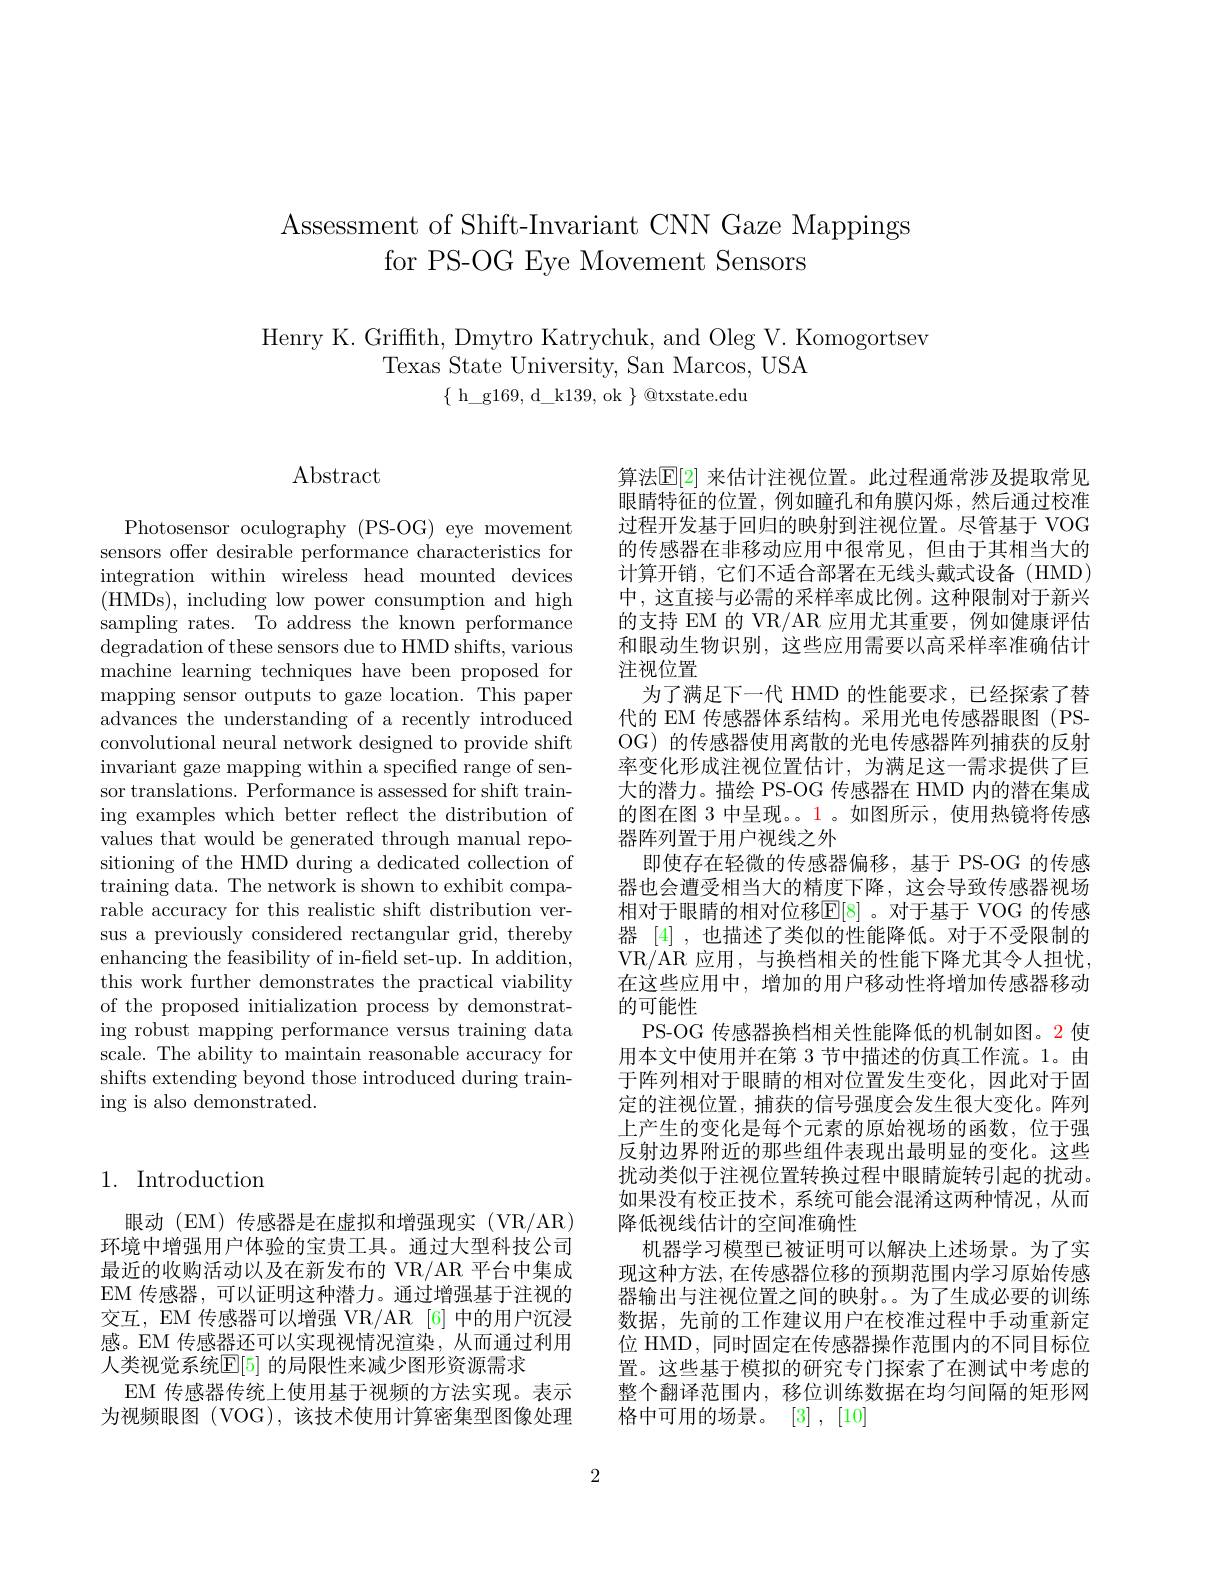
Assessment of Shift-Invariant CNN Gaze Mappings
for PS-OG Eye Movement Sensors

Henry K. Griffth, Dmytro Katrychuk, and Oleg V. Komogortsev
Texas State University, San Marcos, USA
$\{$ h\_g169, d\_k139, ok $\}$ @txstate.edu

## 1. Introduction

眼动(EM)传感器是在虚拟和增强现实(VR/AR) 环境中增强用户体验的宝贵工具。通过大型科技公司最近的收购活动以及在新发布的 VR/AR 平台中集成EM 传感器，可以证明这种潜力。通过增强基于注视的交互，EM 传感器可以增强 VR/AR [6] 中的用户沉浸感。EM 传感器还可以实现视情况渲染，从而通过利用人类视觉系统$\mathbb{E}|5|$ 的局限性来减少图形资源需求
EM 传感器传统上使用基于视频的方法实现。表示为视频眼图(VOG),该技术使用计算密集型图像处理

$\operatorname{Abstract}$

Photosensor oculography (PS-OG) eye movement sensors offer desirable performance characteristics for integration within wireless head mounted devices (HMDs),including low power consumption and high sampling rates. To address the known performance degradation of these sensors due to HMD shifts, various machine learning techniques have been proposed for mapping sensor outputs to gaze location. This paper advances the understanding of a recently introduced convolutional neural network designed to provide shift invariant gaze mapping within a specified range of sensor translations. Performance is assessed for shift training examples which better reflect the distribution of values that would be generated through manual repositioning of the HMD during a dedicated collection of training data. The network is shown to exhibit comparable accuracy for this realistic shift distribution versus a previously considered rectangular grid, thereby enhancing the feasibility of in-field set-up. In addition, this work further demonstrates the practical viability of the proposed initialization process by demonstrating robust mapping performance versus training data scale. The ability to maintain reasonable accuracy for shifts extending beyond those introduced during training is also demonstrated.

算法$\mathbb{E}[2]$ 来估计注视位置。此过程通常涉及提取常见眼睛特征的位置，例如瞳孔和角膜闪烁，然后通过校准过程开发基于回归的映射到注视位置。尽管基于 VOG 的传感器在非移动应用中很常见，但由于其相当大的计算开销，它们不适合部署在无线头戴式设备(HMD) 中，这直接与必需的采样率成比例。这种限制对于新兴的支持 EM 的 VR/AR 应用尤其重要，例如健康评估和眼动生物识别，这些应用需要以高采样率准确估计注视位置
为了满足下一代 HMD 的性能要求，已经探索了替代的 EM 传感器体系结构。采用光电传感器眼图(PSOG) 的传感器使用离散的光电传感器阵列捕获的反射率变化形成注视位置估计，为满足这一需求提供了巨大的潜力。描绘 PS-OG 传感器在 HMD 内的潜在集成的图在图 3 中呈现。。1 。如图所示，使用热镜将传感器阵列置于用户视线之外
即使存在轻微的传感器偏移，基于 PS-OG 的传感器也会遭受相当大的精度下降，这会导致传感器视场相对于眼睛的相对位移$\mathbb{E}[8]$ 。对于基于 VOG 的传感器[4] ,也描述了类似的性能降低。对于不受限制的VR/AR 应用，与换档相关的性能下降尤其令人担忧， 在这些应用中，增加的用户移动性将增加传感器移动的可能性
PS-OG 传感器换档相关性能降低的机制如图。2 使用本文中使用并在第 3 节中描述的仿真工作流。1。由于阵列相对于眼睛的相对位置发生变化，因此对于固定的注视位置，捕获的信号强度会发生很大变化。阵列上产生的变化是每个元素的原始视场的函数，位于强反射边界附近的那些组件表现出最明显的变化。这些扰动类似于注视位置转换过程中眼睛旋转引起的扰动。如果没有校正技术，系统可能会混淆这两种情况，从而降低视线估计的空间准确性
机器学习模型已被证明可以解决上述场景。为了实现这种方法，在传感器位移的预期范围内学习原始传感器输出与注视位置之间的映射。。为了生成必要的训练数据，先前的工作建议用户在校准过程中手动重新定位 HMD, 同时固定在传感器操作范围内的不同目标位置。这些基于模拟的研究专门探索了在测试中考虑的整个翻译范围内，移位训练数据在均匀间隔的矩形网格中可用的场景。[3],[10]

2